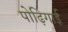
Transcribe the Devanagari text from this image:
पोढ़िगाई